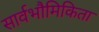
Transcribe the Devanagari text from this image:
सार्वभौमिकिता